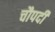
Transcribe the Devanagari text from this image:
चौपदी